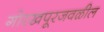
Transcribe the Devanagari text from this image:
गोरखपूरजवळील